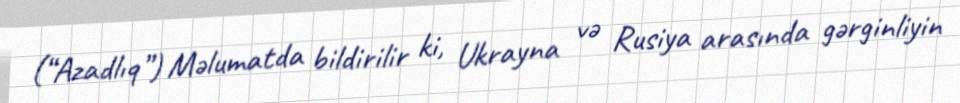
(“Azadlıq”) Məlumatda bildirilir ki, Ukrayna və Rusiya arasında gərginliyin